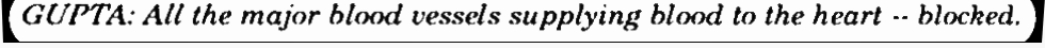
GUPTA: All the major blood vessels supplying blood to the heart -- blocked.